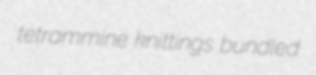
tetrammine knittings bundled